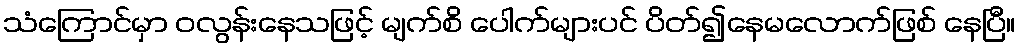
သံကြောင်မှာ ဝလွန်းနေသဖြင့် မျက်စိ ပေါက်များပင် ပိတ်၍နေမလောက်ဖြစ် နေပြီ။